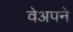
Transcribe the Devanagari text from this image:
वेअपने